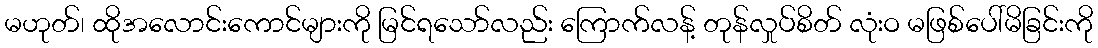
မဟုတ်၊ ထိုအလောင်းကောင်များကို မြင်ရသော်လည်း ကြောက်လန့် တုန်လှုပ်စိတ် လုံးဝ မဖြစ်ပေါ်မိခြင်းကို